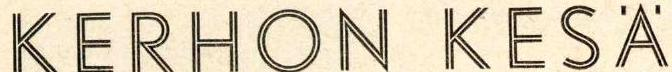
KERHON KESÄ